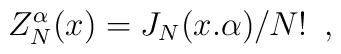
Z_{N}^{\alpha} (x) = J_N(x.\alpha) /N! \,\,\,,